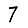
Digit: 7